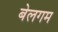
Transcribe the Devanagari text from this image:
बेलगम